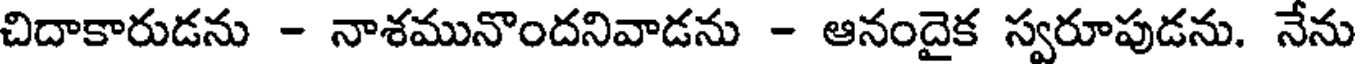
చిదాకారుడను - నాశమునొందనివాడను - ఆనందైక స్వరూపుడను. నేను